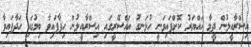
އިސްރާއީލުން ދީމާ ހައްޔަރު ކޮށްފައިވަނީ ހުޅަނގު އައްސޭރީގައި އިސްރާއީލުން ހިފާފައިވާ ބިމުގައި ހަދާފައިވާ